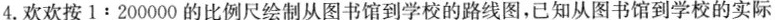
4.欢欢按1:200000的比例尺绘制从图书馆到学校的路线图，已知从图书馆到学校的实际